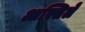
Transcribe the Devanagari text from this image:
आस्सिले